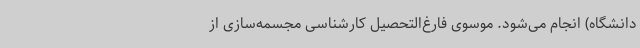
دانشگاه) انجام می‌شود. موسوی فارغ‌التحصیل کارشناسی مجسمه‌سازی از